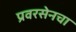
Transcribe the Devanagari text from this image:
प्रवरसेनचा